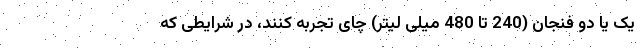
یک یا دو فنجان (240 تا 480 میلی لیتر) چای تجربه کنند، در شرایطی که